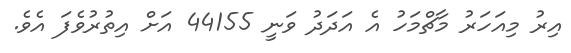
އިރު މިއަހަރު މާޗްމަހު އެ އަދަދު ވަނީ 44155 އަށް އިތުރުވެފަ އެވެ.